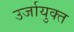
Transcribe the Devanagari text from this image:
उर्जायुक्त